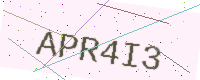
Text: APR4I3